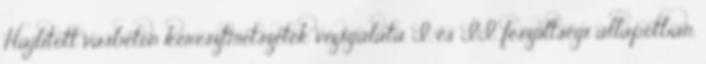
Hajlított vasbeton keresztmetszetek vizsgálata I. és II. feszültségi állapotban.